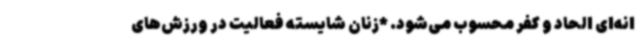
انه‌ای الحاد و کفر محسوب می‌شود. *زنان شایسته فعالیت در ورزش‌های